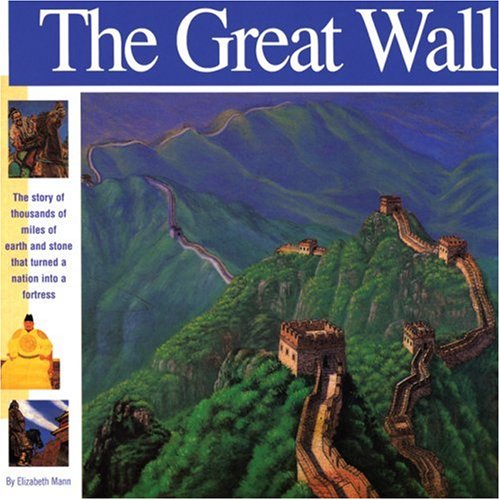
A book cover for The Great Wall: The story of thousands of miles of earth and stone that turned a nation into a fortress (Wonders of the World Book); Elizabeth Mann; Children's Books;